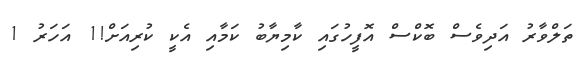
ތަލްވާރު އަދިވެސް ބޮކްސް އޮފީހުގައި ކާމިޔާބު ކަމާއި އެކީ ކުރިއަށް!1 އަހަރު 1